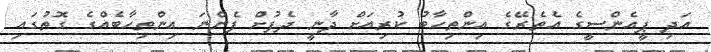
އަދި ޕީއެންސީގެ އެތެރޭގެ އިންތިހާބު ކުރިއަށް ދާނީ ދެފުށް ފެންނަ އިންތިހާބެއްގެ ގޮތުގައި